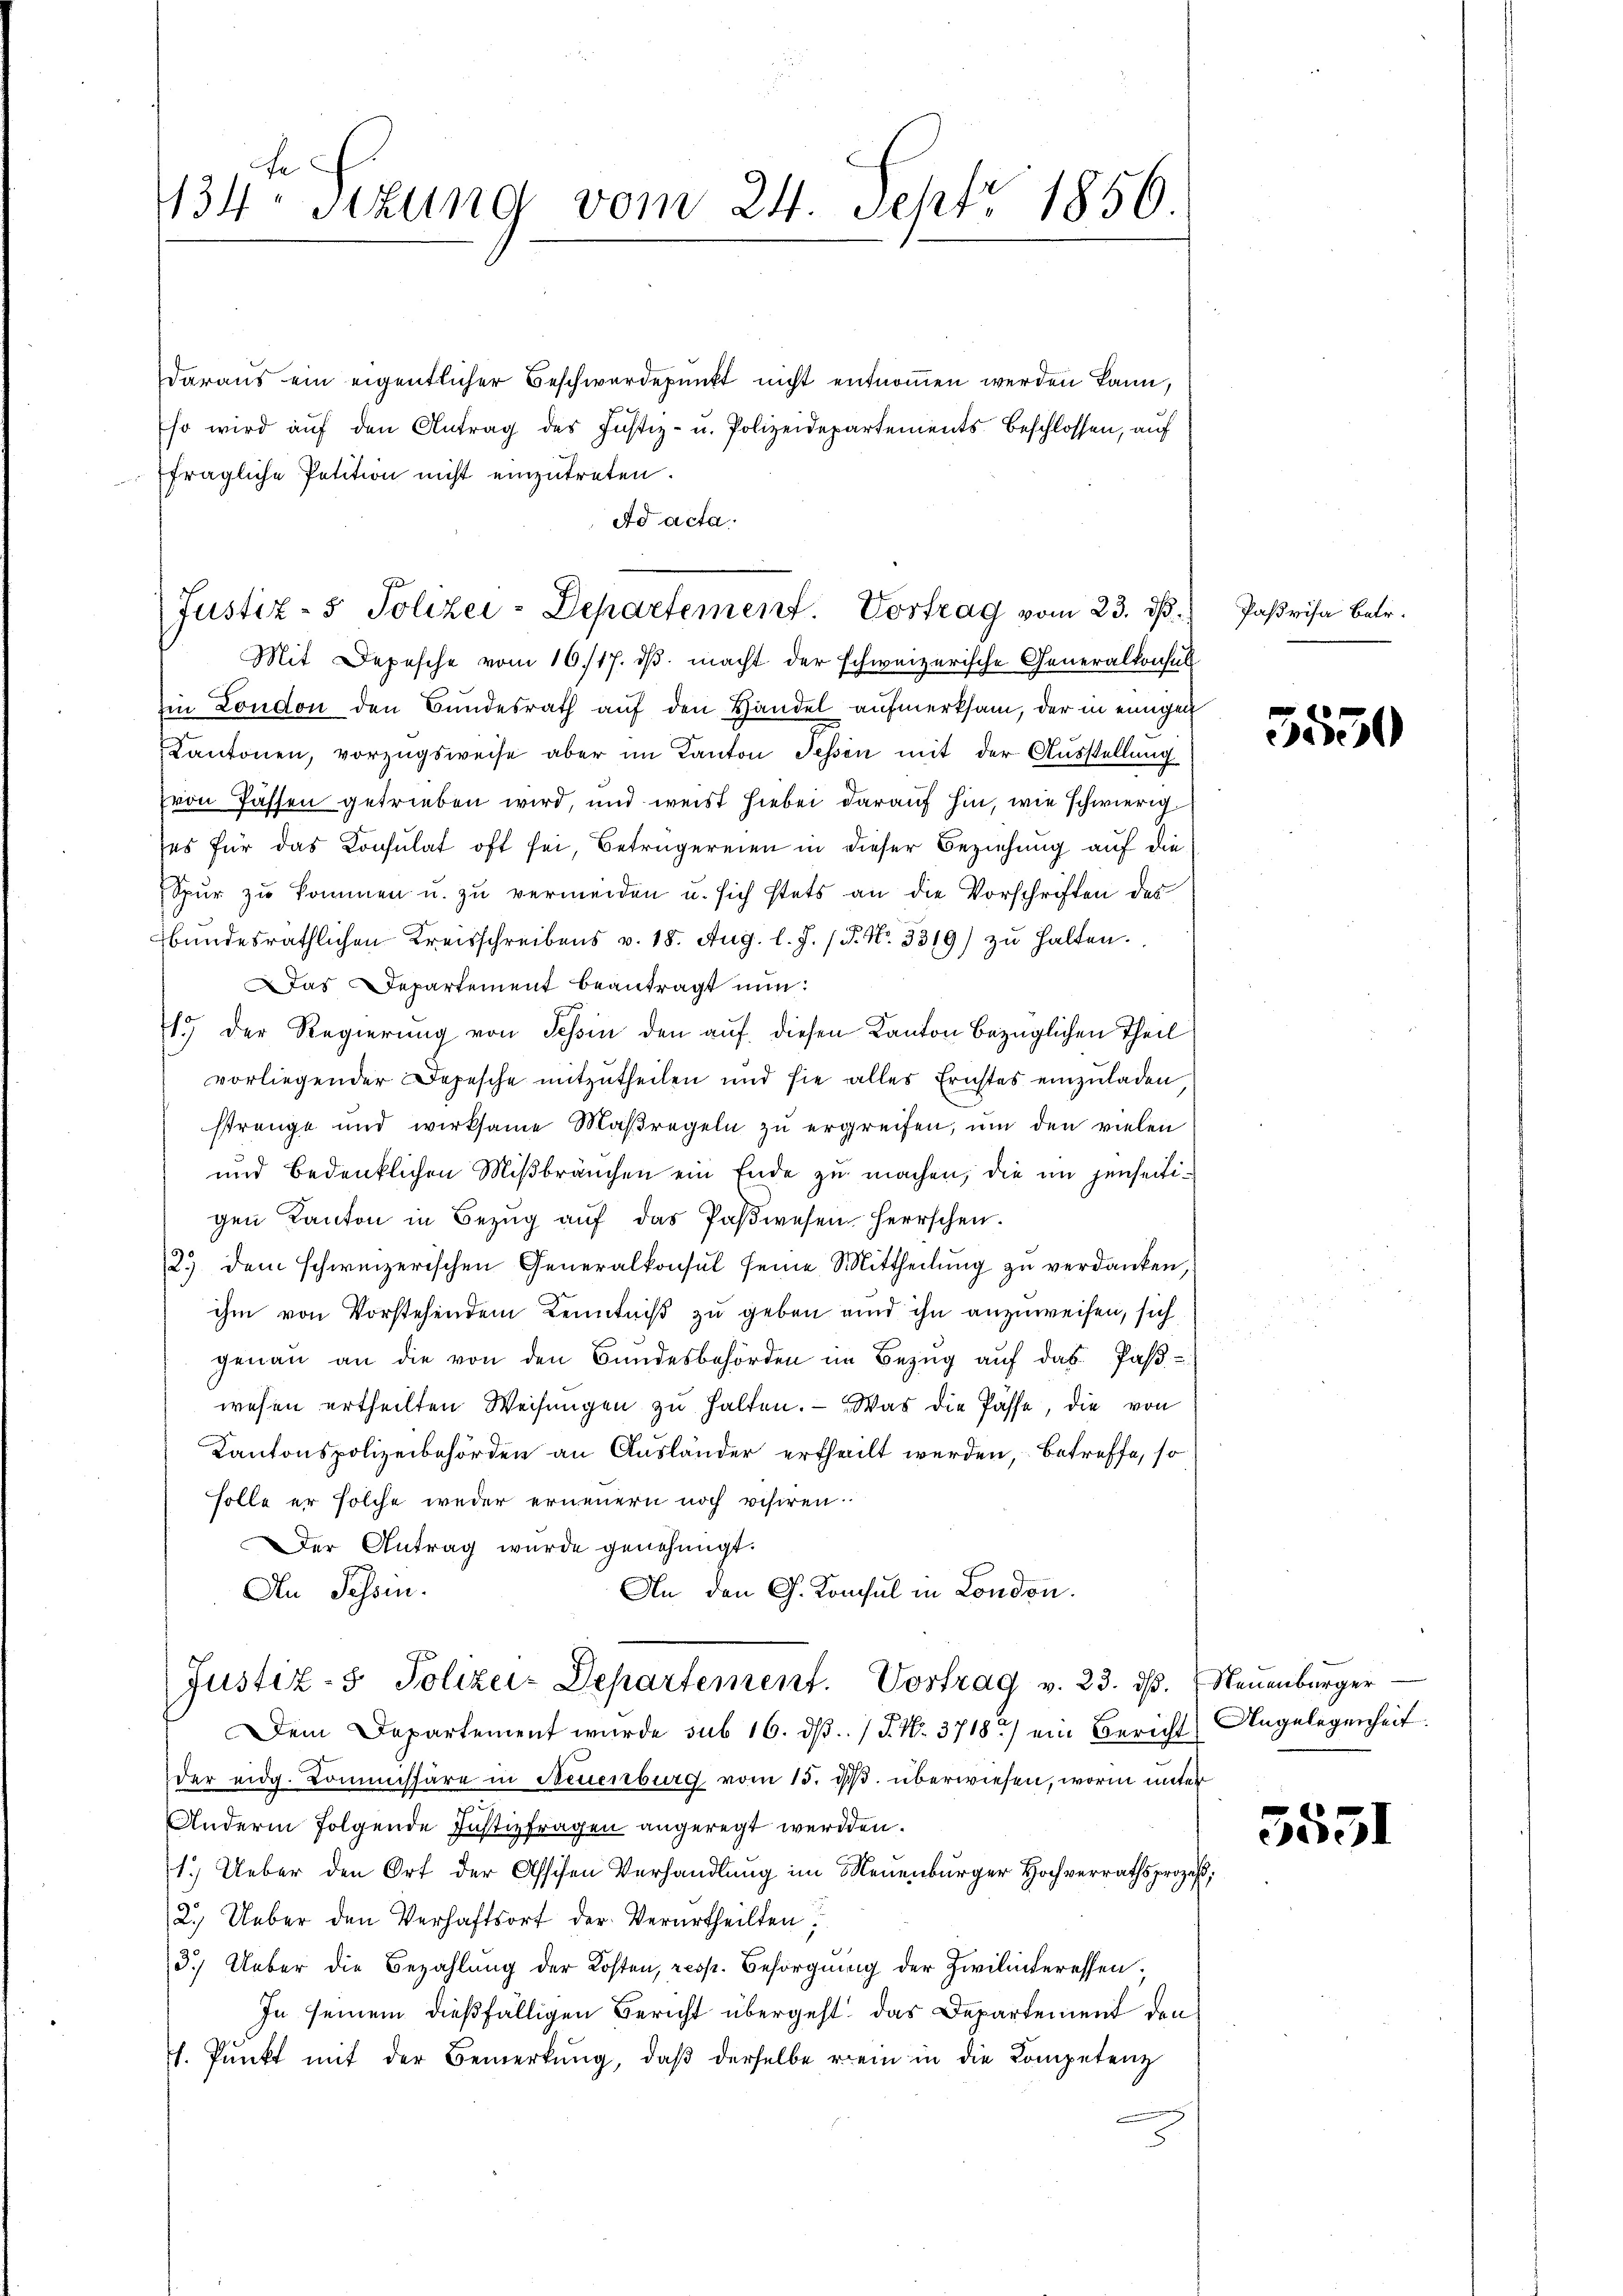
434 sizung vom 24. Sept. 1856.

Justiz- & Polizei-Departement. Vortrag vom 23. ds.
Mit Depesche vom 16./17. dβ macht der schweizerische Generalkonsul

daraus ein eigentlicher Beschwerdepunkt nicht entnommen werden kann,
so wird aŭf den Antrag des Justiz- u. Polizeidepartements beschlossen, auf
fragliche Petition nicht einzutreten
Ad acta.
Ein London den Bundesrath auf den Handel aufmerksam, der in einigen
Kantonen, vorzugsweise aber im Kanton Tessin mit der Ausstellung
von Passen getrieben wird, und weist hiebei darauf hin, wie schwierig
es für das Consulat oft sei, Betrügereien in dieser Beziehung auf die
Spŭr zŭ kommen u. zŭ vermeiden u. sich stets an die Vorschriften des
bundesräthlichen Kreisschreibens v. 18. Aŭg. l. J. P. Nr. 3319) zŭ halten.
Das Departement beantragt nun:
1.) Der Regierung von Schin den auf diesen Kanton bezüglichen Theil
vorliegender Depesche mitzutheilen und sie alles Erichtes einzuladen
strenge und wirksame Maßregeln zu ergreifen, um den vielen
und bedenklichen Mißbräuchen ein Ende zu machen, die im jenseitigen Kanton in Bezŭg aŭf das Paswesen herrschen.
2.) dem schweizerischen Generalkonsul seine Mittheilŭng zŭ verdanken,
ihm von Vorstehendem Kenntniß zu geben und ihn anzuweisen, sich
genau an die von den Bundesbehörden im Bezŭg aŭf das Paβ-
wesen ertheilten Weisungen zu halten. — Was die Pässe, die von
Kantonspolizeibehörden an Ausländer ertheilt werden, betreffe, so
solle er solche weder erneuern noch visiren.
Der Antrag wurde genehmigt.
An Tessin.
In den G. Konsul in London.
Justiz- & Polizei-Departement. Vortrag v. 23. dβ. Neuenburger¬
Dem Departement wurde sub 16. dß. / P. Nr. 3718 / ein Bericht
der eidg. Kommissäre in Neuenburg vom 15. ds. überwiesen, worin unter
Andern folgende Justizfragen angeregt werden.
1.) Ueber den Ort der Assisen Verhandlung im Neuenburger Hochverrathsprozeß
2.) Ueber den Verhaftsort der Verurtheilten.
e
3.) Ueber die Bezahlung der Kosten, resp. Besorgung der Zivilinteressen;
In seinem dießfälligen Bericht übergeht das Departement den
J. Pŭnkt mit der Bemerkung, daβ derselbe rein in die Kompetenz

Paßvisa Betr.

f
3550

Angelegenheit.

5551